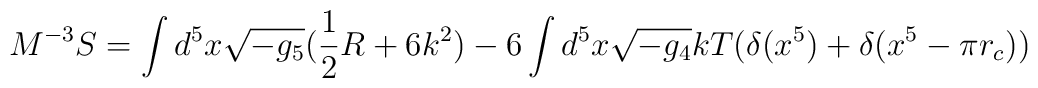
M^{-3} S=\int d^5 x \sqrt{-g_5} (\frac{1}{2}R + 6 k^2)-  6 \int d^5 x\sqrt{-g_4}k T (\delta(x^5) + \delta(x^5-\pi r_c))